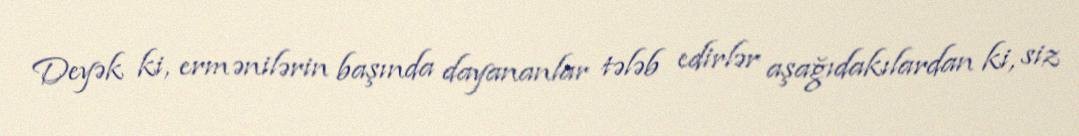
Deyək ki, ermənilərin başında dayananlar tələb edirlər aşağıdakılardan ki, siz